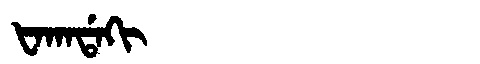
Manchu: ᡶᠠᡴᠠᡩᠠᡴᡳ
Romanization: FAKADAKI